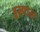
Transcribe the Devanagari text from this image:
इस्पाल